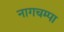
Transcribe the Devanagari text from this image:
नागचम्पा